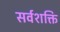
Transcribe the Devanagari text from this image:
सर्वशक्ति